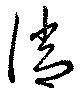
消